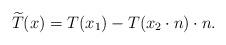
LaTeX: \begin{align*} \widetilde{T}(x) = T(x_{1}) - T(x_{2} \cdot n) \cdot n.\end{align*}